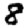
Digit: 8